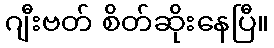
ဂျီးဗတ် စိတ်ဆိုးနေပြီ။